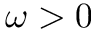
\omega > 0